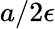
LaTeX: a/2\epsilon